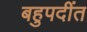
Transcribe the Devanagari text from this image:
बहुपदींत